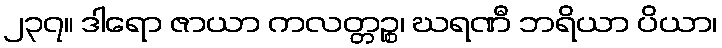
၂၃၇။ ဒါရော ဇာယာ ကလတ္တဉ္စ၊ ဃရဏီ ဘရိယာ ပိယာ၊